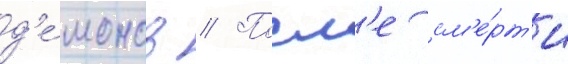
д'е́монов // Посл'е см'е́рт'и